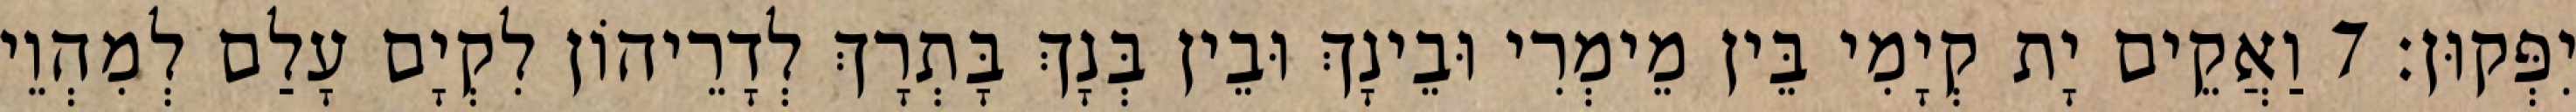
יִפְּקוּן׃ 7 וַאֲקֵים יָת קְיָמִי בֵּין מֵימְרִי וּבֵינָךְ וּבֵין בְּנָךְ בָּתְרָךְ לְדָרֵיהוֹן לִקְיָם עָלַם לְמִהְוֵי